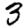
Digit: 3